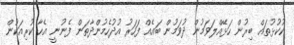
ކުކުޅުތައް ބިރުން ހަޅޭއްލަވަމުން ދުވަމުން ބައެއް ފަހަރު އުދުހެމުންދާތަން ފެނުނީ އެހާ ކުރިއަކުން